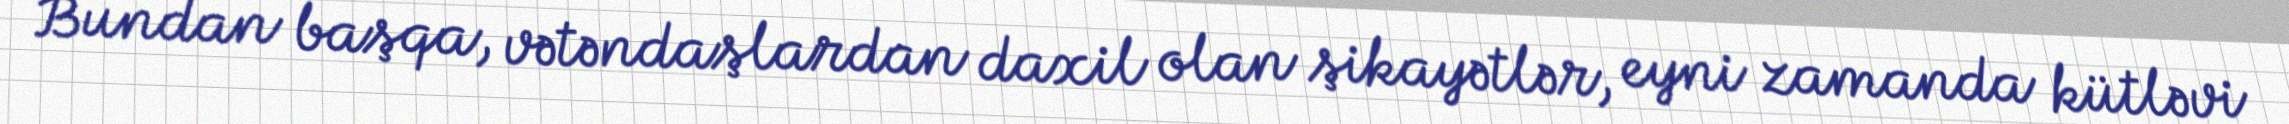
Bundan başqa, vətəndaşlardan daxil olan şikayətlər, eyni zamanda kütləvi